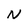
Character: N